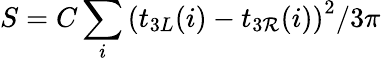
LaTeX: S=C\sum_{i}\left(t_{3L}(i)-t_{3\mathcal{R}}(i)\right)^{2}/3\pi